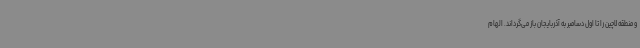
و منطقه لاچین را تا اول دسامبر به آذربایجان باز می‌گرداند. الهام